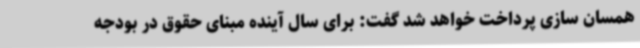
همسان سازی پرداخت خواهد شد گفت: برای سال آینده مبنای حقوق در بودجه